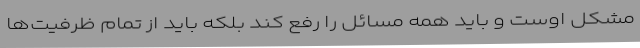
مشکل اوست و باید همه مسائل را رفع کند بلکه باید از تمام ظرفیت‌ها